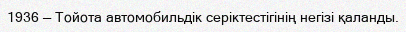
1936 — Тойота автомобильдiк серiктестiгінің негiзі қаланды.